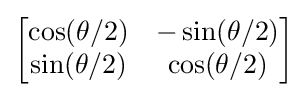
{\begin{bmatrix}\cos(\theta /2)&-\sin(\theta /2)\\\sin(\theta /2)&\cos(\theta /2)\end{bmatrix}}